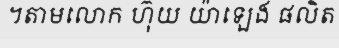
។តាមលោក ហ៊ុយ យ៉ាឡេង ផលិត